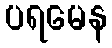
ပရမေန